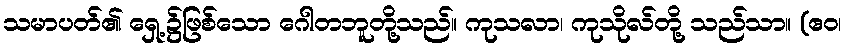
သမာပတ်၏ ရှေ့၌ဖြစ်သော ဂေါတဘူတို့သည်။ ကုသလာ၊ ကုသိုလ်တို့ သည်သာ။ (ဧဝ၊